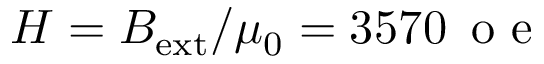
H = B _ { \mathrm { e x t } } / \mu _ { 0 } = 3 5 7 0 \, \mathrm { ~ o ~ e ~ }